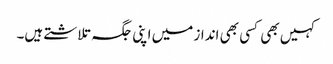
کہیں بھی کسی بھی انداز میں اپنی جگہ تلاشتے ہیں۔